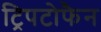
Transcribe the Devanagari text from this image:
ट्रिपटोफैन